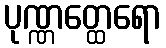
ပုဏ္ဏတ္ထေရော